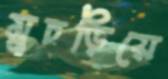
মুচড়িয়ে